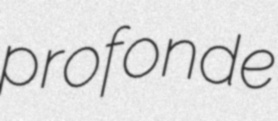
profonde